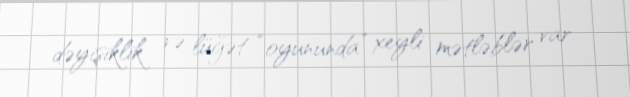
dəyişiklik və lüğət “oyununda” xeyli mətləblər var.